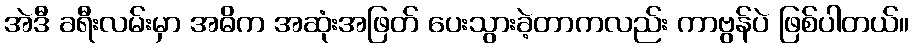
အဲဒီ ခရီးလမ်းမှာ အဓိက အဆုံးအဖြတ် ပေးသွားခဲ့တာကလည်း ကာဗွန်ပဲ ဖြစ်ပါတယ်။